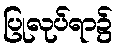
ပြုလုပ်ရာ၌